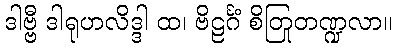
ဒါဗ္ဗီ ဒါရုဟလိဒ္ဒါ ထ၊ ဗိဠင်္ဂံ စိတြတဏ္ဍုလာ။